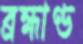
ব্রহ্মাণ্ড